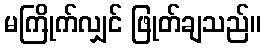
မကြိုက်လျှင် ဖြုတ်ချသည်။